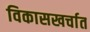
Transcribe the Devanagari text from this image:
विकासखर्चात